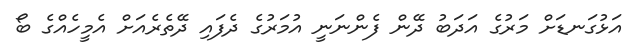
އަޅުގަނޑަށް މަރުގެ އަދަބު ދޭން ފެންނަނީ އުމަރުގެ ދެފައި ދޭތެރެއަށް އެމީހެއްގެ ބޯ